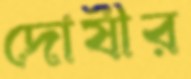
দোষীর